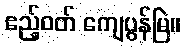
ဧည့်ဝတ် ကျေပွန်မြဲ။